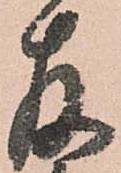
存